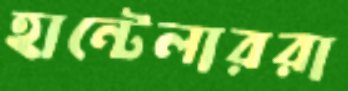
হান্টেলাররা